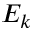
E _ { k }